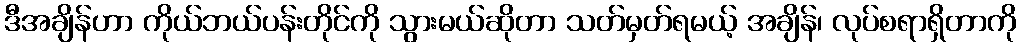
ဒီအချိန်ဟာ ကိုယ်ဘယ်ပန်းတိုင်ကို သွားမယ်ဆိုတာ သတ်မှတ်ရမယ့် အချိန်၊ လုပ်စရာရှိတာကို